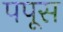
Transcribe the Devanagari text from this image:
पपूस